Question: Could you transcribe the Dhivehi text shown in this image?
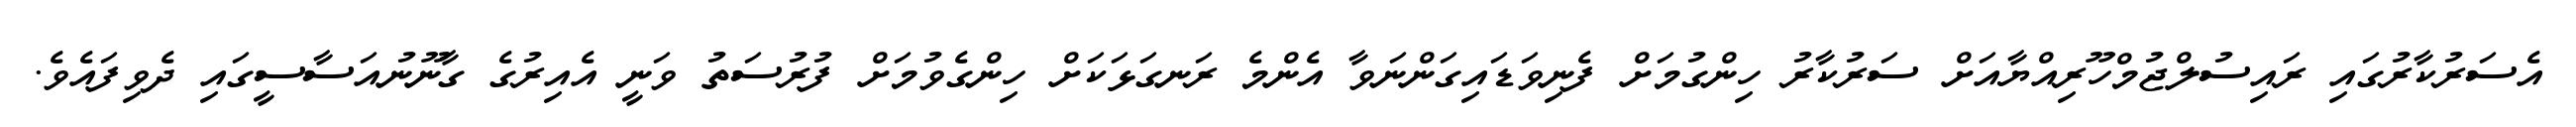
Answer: އެސަރުކާރުގައި ރައިސުލްޖުމްހޫރިއްޔާއަށް ސަރުކާރު ހިންގުމަށް ފެނިވަޑައިގަންނަވާ އެންމެ ރަނގަޅަކަށް ހިންގެވުމަށް ފުރުސަތު ވަނީ އެއިރުގެ ގާނޫނުއަސާސީގައި ދެވިފައެވެ.